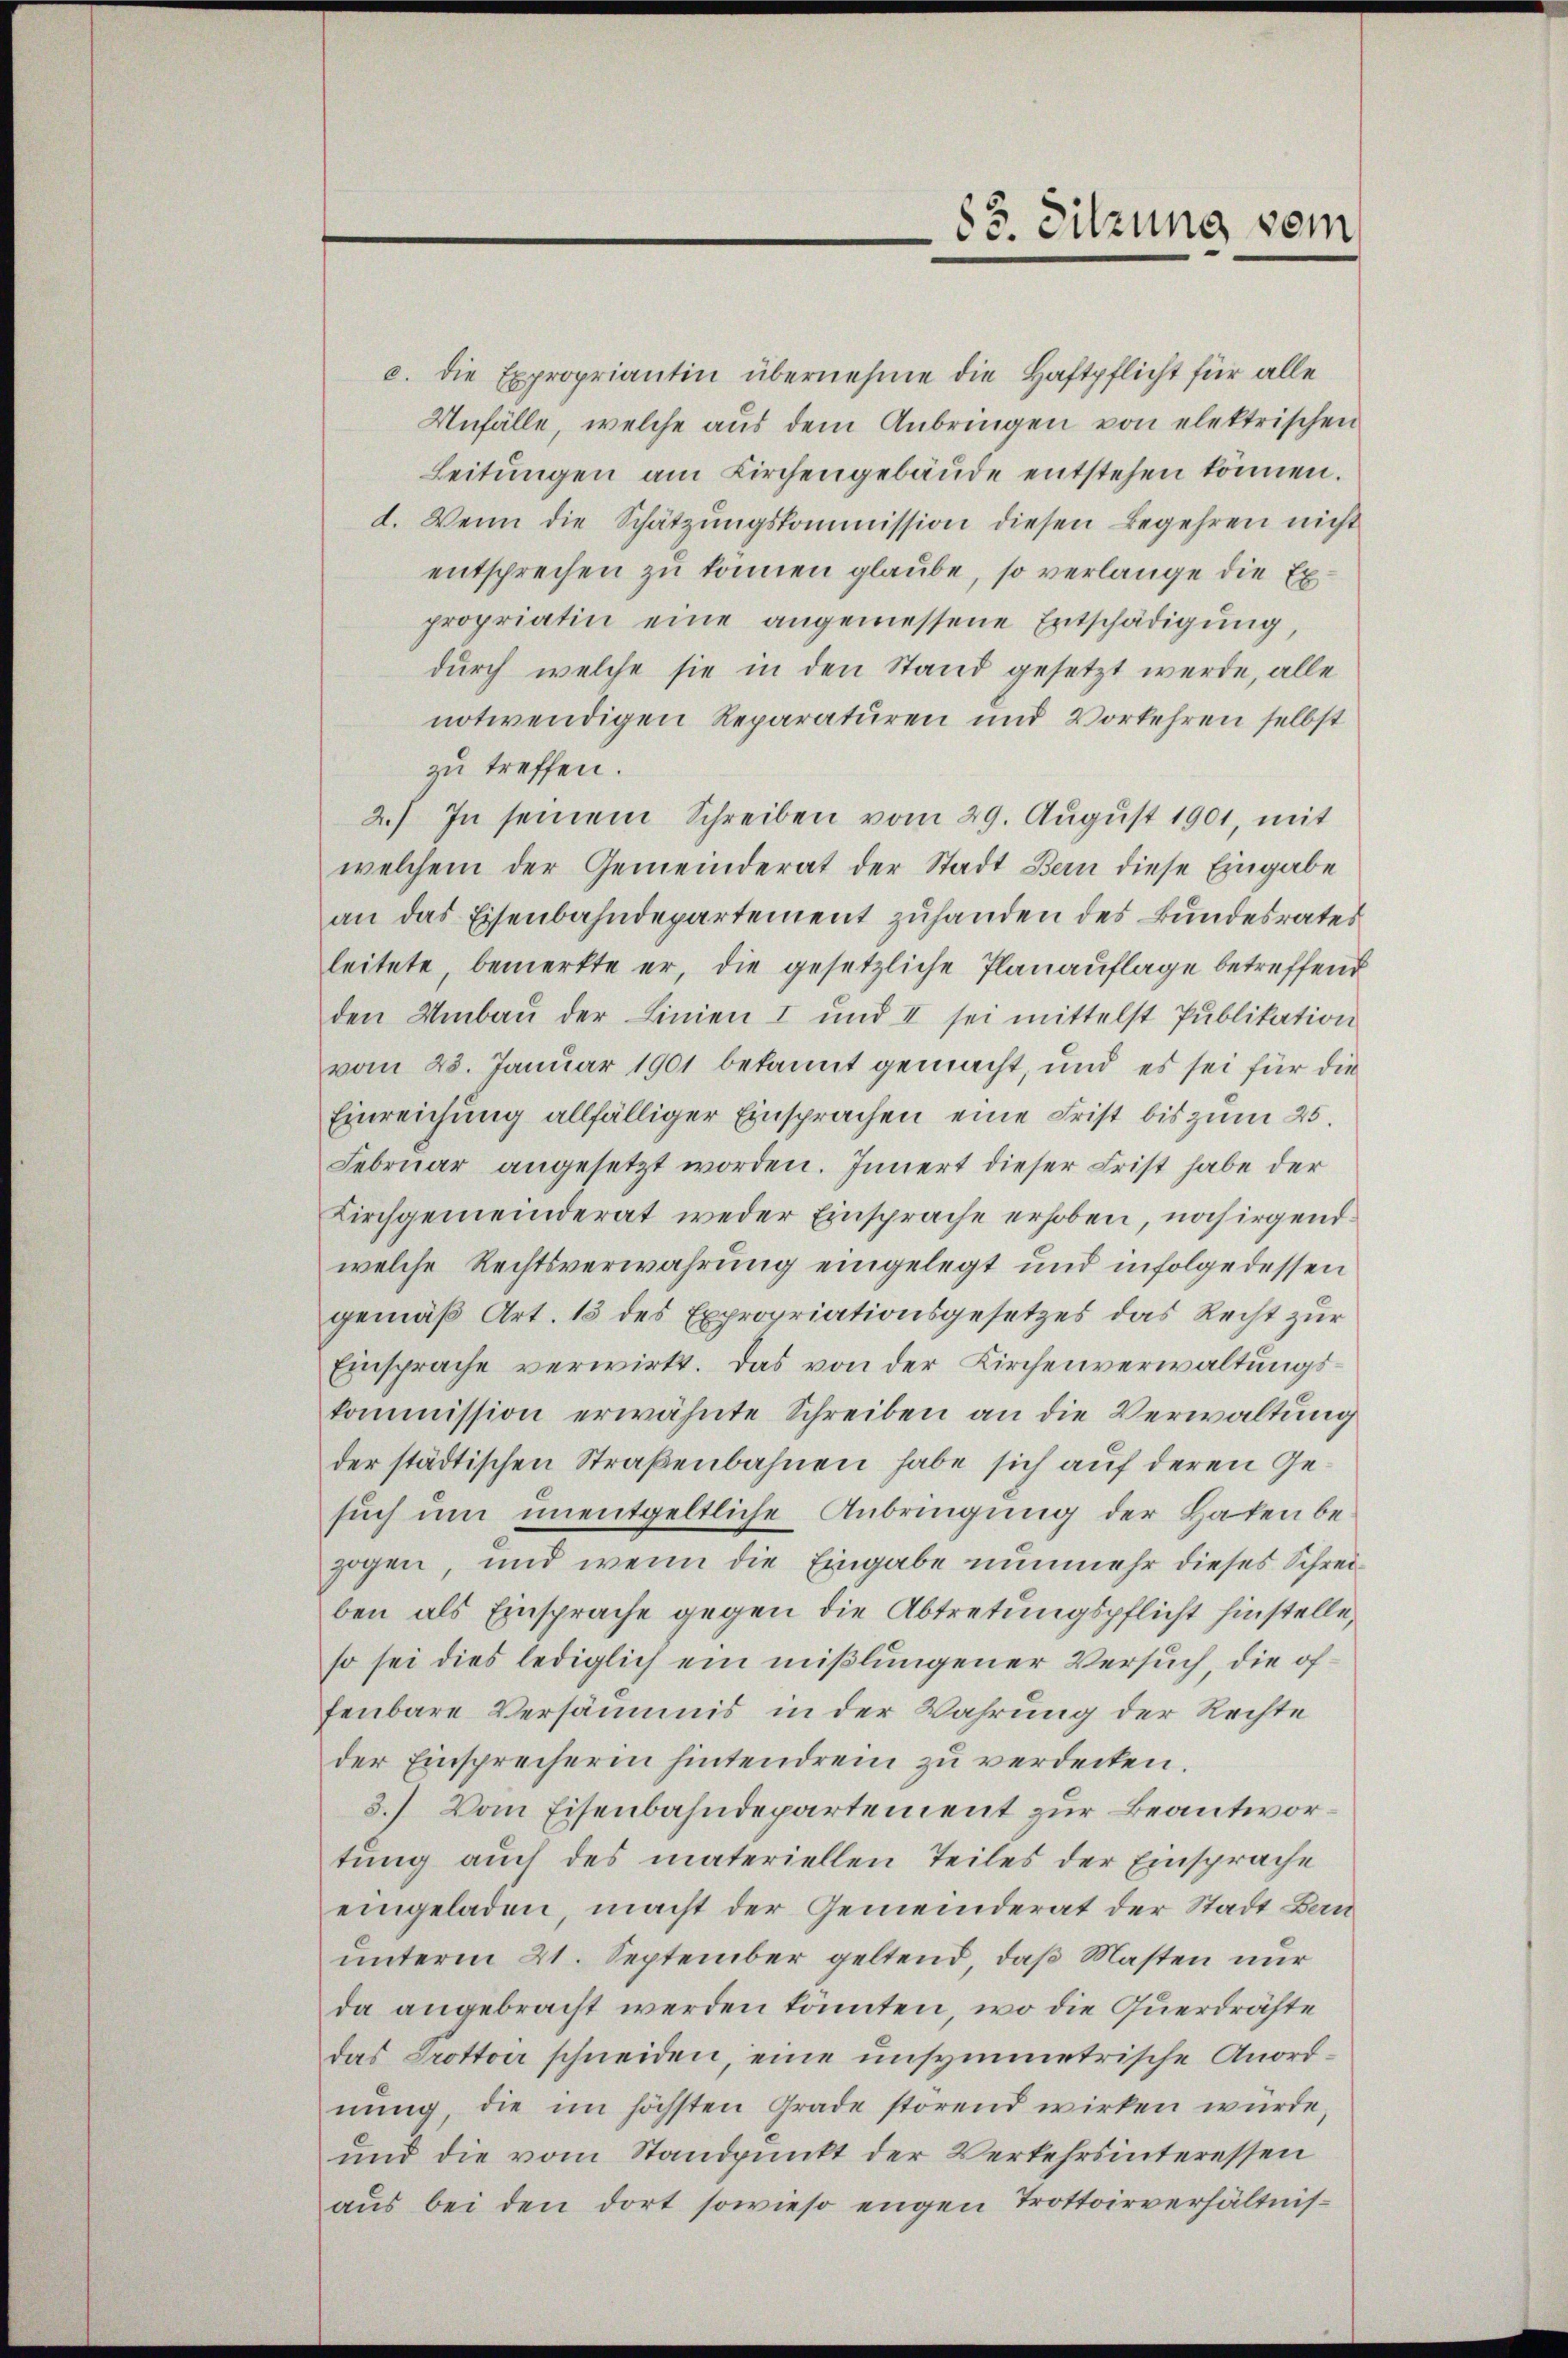
85. Sitzung vom

c. die Expropriantin übernehme die Haftpflicht für alle
Unfälle, welche aus dem Anbringen von elektrischen
Leitŭngen am Kirchengebäŭde entstehen können.
d. Wenn die Schätzŭngskommission diesen Begehren nicht
entsprechen zu können glaube, so verlange die Expropriatin eine angemessene Entschädigung,
durch welche sie in den Stand gesetzt werde, alle
notwendigen Reparaturen und Vorkehren selbst
zu treffen.
2.) In seinem Schreiben vom 29. Aŭgŭst 1901, mit
welchem der Gemeinderat der Stadt Bern diese Eingabe
an das Eisenbahndepartement zuhanden des Bundesrates
leitete bemerkte er, die gesetzliche Planauflage betreffend
den Umbau der Linien I und II sei mittelst Publikation
vom 25. Januar 1901 bekannt gemacht, und es sei für die
Einreichung allfälliger Einsprachen eine Frist bis zum 25.
Febrŭar angesetzt worden. Innert dieser Frist habe der
Kirchgemeinderat weder Einsprache erhoben, noch irgendwelche Rechtsverwahrung eingelegt und infolge dessen
gemäß Art. 13 des Expropriationsgesetzes das Recht zur
Einsprache verwirkt. Das von der Kirchenverwaltungskommission erwähnte Schreiben an die Verwaltung
der städtischen Straßenbahnen habe sich auf deren Gesuch um unentgeltliche Anbringung der Haken bezogen, und wenn die Eingabe nunmehr dieses Schreiben als Einsprache gegen die Abtretungspflicht hinstelle,
so sei dies lediglich ein mißlungener Versuch, die öffenbare Versäumis in der Wahrung der Rechte
der Einsprecherin hintendrem zu verdecken.
3.) Vom Eisenbahndepartement zur Beantwortung auch des materiellen Teiles der Einsprache
eingeladen, macht der Gemeinderat der Stadt Bauŭnterm 21. September geltend, daβ Masten nur
da angebracht werden könnten, wo die Querdrähte
das Drottoir schneiden, eine unsymmetrische Anordnŭng, die im höchsten Grade störend wirken würde,
und die vom Standpunkt der Verkehrsinteressen
aus bei den dort sowieso engen Trottoirverhältnis¬